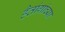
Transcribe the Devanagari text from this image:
हैतांगांच्या